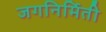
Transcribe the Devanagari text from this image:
जगनिर्मिती